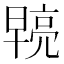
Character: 𭧓